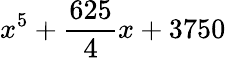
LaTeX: x^{5}+{\frac{625}{4}}x+3750